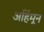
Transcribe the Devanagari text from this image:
अहिंमून